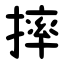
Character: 摔